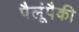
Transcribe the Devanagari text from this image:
पैलूंपैकी